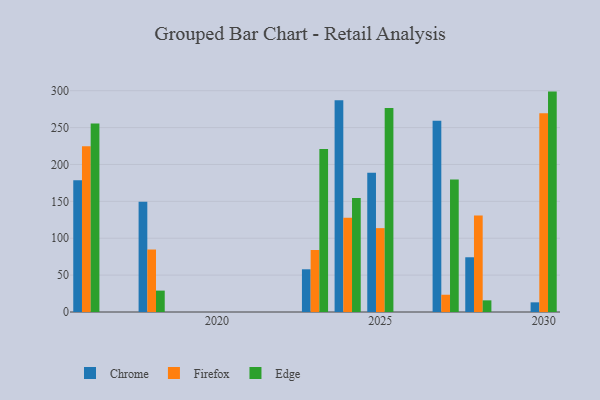
{"axis": {"x": "Year", "y": "Energy Usage (MWh)"}, "legend": ["Chrome", "Edge", "Firefox"], "data": [{"x": "2027", "y": 259.3, "type": "Chrome"}, {"x": "2027", "y": 23.4, "type": "Firefox"}, {"x": "2027", "y": 179.7, "type": "Edge"}, {"x": "2024", "y": 287.0, "type": "Chrome"}, {"x": "2024", "y": 127.7, "type": "Firefox"}, {"x": "2024", "y": 154.5, "type": "Edge"}, {"x": "2030", "y": 13.1, "type": "Chrome"}, {"x": "2030", "y": 269.6, "type": "Firefox"}, {"x": "2030", "y": 298.8, "type": "Edge"}, {"x": "2016", "y": 178.7, "type": "Chrome"}, {"x": "2016", "y": 224.6, "type": "Firefox"}, {"x": "2016", "y": 255.6, "type": "Edge"}, {"x": "2023", "y": 57.9, "type": "Chrome"}, {"x": "2023", "y": 84.1, "type": "Firefox"}, {"x": "2023", "y": 221.0, "type": "Edge"}, {"x": "2018", "y": 149.4, "type": "Chrome"}, {"x": "2018", "y": 84.7, "type": "Firefox"}, {"x": "2018", "y": 29.0, "type": "Edge"}, {"x": "2028", "y": 74.2, "type": "Chrome"}, {"x": "2028", "y": 130.9, "type": "Firefox"}, {"x": "2028", "y": 15.8, "type": "Edge"}, {"x": "2025", "y": 188.8, "type": "Chrome"}, {"x": "2025", "y": 113.7, "type": "Firefox"}, {"x": "2025", "y": 276.5, "type": "Edge"}]}